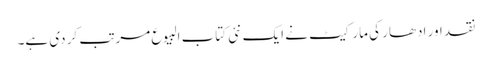
نقد اور ادھار کی مارکیٹ نے ایک نئی کتاب البیوع مرتب کر دی ہے۔